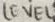
Text: LEVEL